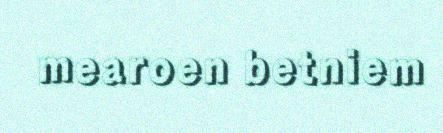
mearoen betniem